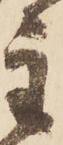
主